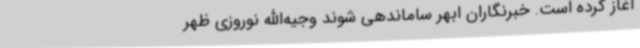
آغاز کرده است. خبرنگاران ابهر ساماندهی شوند وجیه‌االله نوروزی ظهر